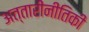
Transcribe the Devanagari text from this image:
अत्तारीनीतिकी